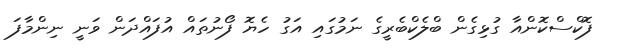
ފޮކްސްކޮންއާ ގުޅިގެން ބްލެކްބެރީގެ ނަމުގައި އަގު ހެޔޮ ފޯނުތައް އުފައްދަން ވަނީ ނިންމާފަ